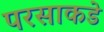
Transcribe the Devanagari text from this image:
परसाकडे